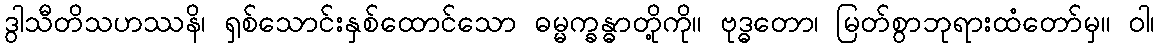
ဒွါသီတိသဟဿနိ၊ ရှစ်သောင်းနှစ်ထောင်သော ဓမ္မက္ခန္ဓာတို့ကို။ ဗုဒ္ဓတော၊ မြတ်စွာဘုရားထံတော်မှ။ ဝါ၊